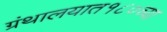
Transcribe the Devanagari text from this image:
ग्रंथालयात१८०च्या